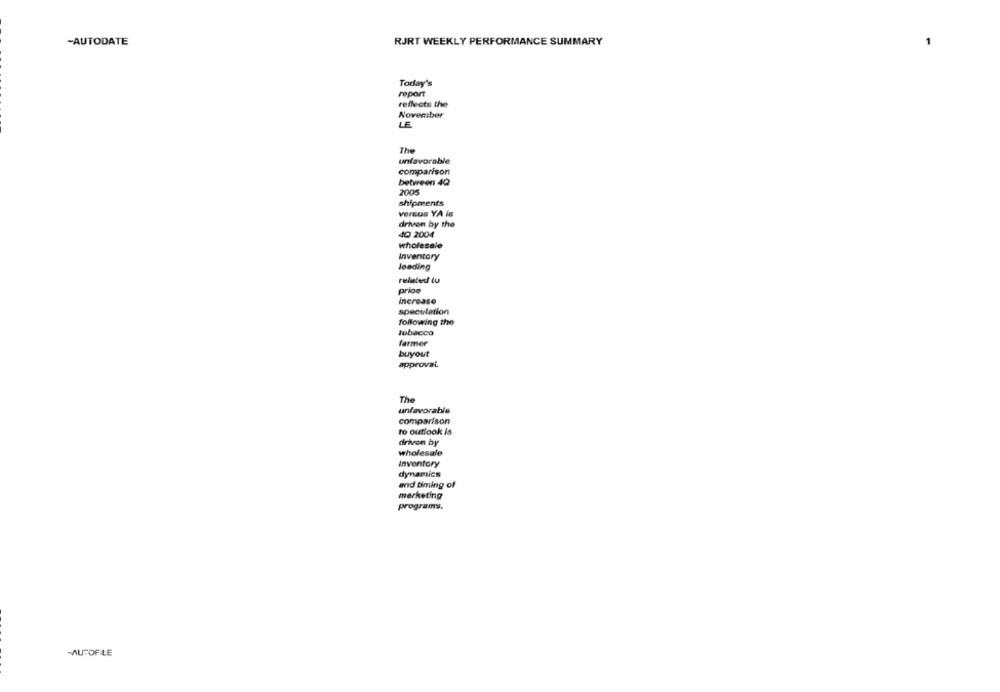
-AUTODATE
RJRT WEEKLY PERFORMANCE SUMMARY
Today's
report
reflects the
November
LE
The
unfavorable
comparison
between 4Q
2005
shipments
versus YA is
driven by the
40 2004
wholesale
Inventory
loading
related tu
price
increase
speculation
following the
tobacco
farmer
buyout
approval.
The
unfavorable
comparison
to outlook is
driven by
wholesale
Inventory
dynamics
and timing of
merketing
programs.
MUTOFILE